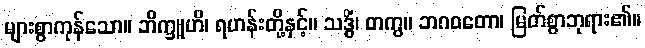
များစွာကုန်သော။ ဘိက္ခူဟိ၊ ရဟန်းတို့နှင့်။ သဒ္ဓိံ၊ တကွ။ ဘဂဝတော၊ မြတ်စွာဘုရား၏။